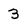
Character: 3